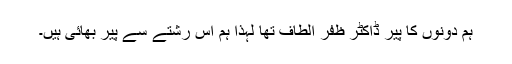
ہم دونوں کا پیر ڈاکٹر ظفر الطاف تھا لہٰذا ہم اس رشتے سے پیر بھائی ہیں۔